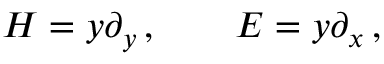
H = y \partial _ { y } \, , \quad \quad E = y \partial _ { x } \, ,